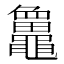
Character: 𪓻